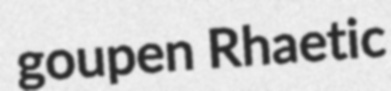
goupen Rhaetic